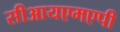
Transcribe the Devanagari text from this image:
सीआयएमएपी